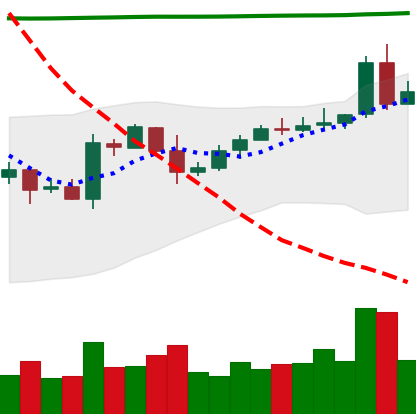
Ticker: EOS-USD
Chart end date: 2020-05-01
Forward return: -6.746%
Label: down_5_7